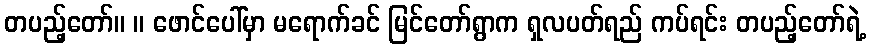
တပည့်တော်။ ။ ဖောင်ပေါ်မှာ မရောက်ခင် မြင်တော်ရွာက ရှလပတ်ရည် ကပ်ရင်း တပည့်တော်ရဲ့